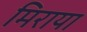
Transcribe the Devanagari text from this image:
मिराया